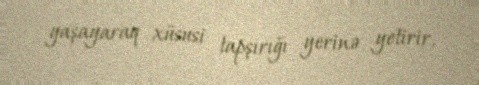
yaşayaraq xüsusi tapşırığı yerinə yetirir.